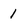
Character: 1